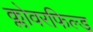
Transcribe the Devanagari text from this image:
क्लोवरफिल्ड